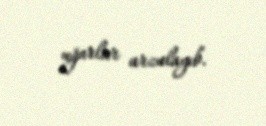
uğurlar arzulayıb.